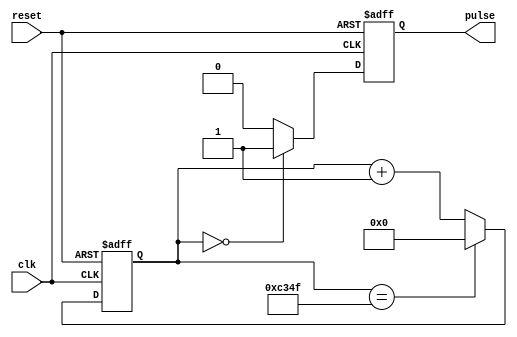
module async_pulse_generator (
    input wire clk,
    input wire reset,
    output reg pulse
);

reg [31:0] counter;

always @ (posedge clk or posedge reset) begin
    if (reset) begin
        counter <= 0;
        pulse <= 0;
    end else begin
        if (counter == 0) begin
            pulse <= 1;
        end else begin
            pulse <= 0;
        end

        if (counter == 49999) begin
            counter <= 0;
        end else begin
            counter <= counter + 1;
        end
    end
end

endmodule